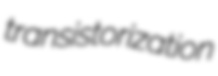
transistorization